Lunatic asylums Punjab 1881-1894 - 1881-1894
Year: 1881
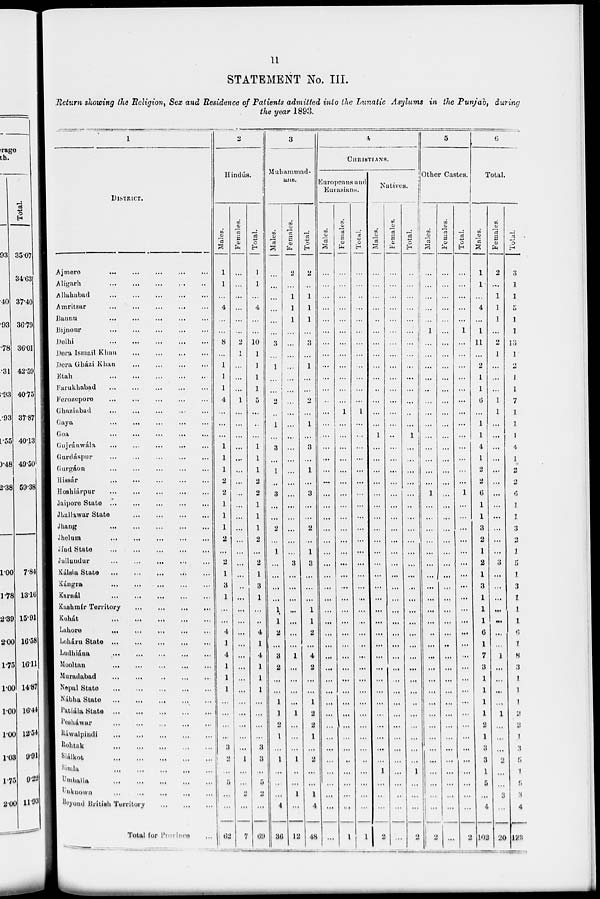
11
STATEMENT No. III.
Retum showing the Religion, Sex and Residence of Patients admitted into the Lunatic Asylums in the Punjab, during
the year 1893.
1
DISTRICT.
Ajmere ... ... ... ... ...
Aligarh
...
...
...
...
...
Allahabad
...
...
...
...
...
Amritsar ... ... ... ... ...
Bannu ... ... ... ... ...
Bijnonr
...
...
...
...
...
Delhi
...
...
...
...
...
Dera Ismail Khan
...
...
...
...
...
Dera Gházi Khan
...
...
...
...
...
Etah
...
...
...
...
...
Farukhabad ... ... ... ... ...
Ferozepore ... ... ... ... ...
Chaziabad ... ... ... ... ...
Gaya ... ... ... ... ...
Goa ... ... ... ... ...
Gujránwála ... ... ... ... ...
Gardáspur
...
...
...
...
...
Gurgáon
...
...
...
...
...
Hissár
...
...
...
...
...
Hoshiárpur
...
...
...
...
...
Jaipore State ... ... ... ... ...
Jhallawar State
...
...
...
...
...
Jhang ... ... ... ... ...
Jhelum ... ... ... ... ...
Jind State ... ... ... ... ...
Jullundur
...
...
...
...
...
Kálsia State
...
...
...
...
...
Kángra
...
...
...
...
...
Karnál
...
...
...
...
...
Kashmir Territory
...
...
...
...
...
Kohát
...
...
...
...
...
Lahore
...
...
...
...
...
Loháru State ... ... ... ... ...
Ludhiána
...
...
...
...
...
Mooltan
...
...
...
...
...
Muradabad
...
...
...
...
...
Nepal State
...
...
...
...
...
Nábha State
...
...
...
...
...
Patiála State
...
...
...
...
...
Pesháwar ... ... ... ... ...
Ráwalpindi
...
...
...
...
...
Rohtak
...
...
...
...
...
Siálkot
...
...
...
...
...
Simla
...
...
...
...
...
Umballa
...
...
...
...
...
Unknown ... ... ... ... ...
Beyond British Territory
...
...
...
Total for Province ...
2
Hindús.
Males.
1
1
...
4
...
...
8
...
1
1
1
4
...
...
...
1
1
1
2
2
1
1
1
2
...
2
1
3
1
...
...
4
1
4
1
1
1
...
...
...
...
3
2
...
5
...
...
62
Females.
...
...
...
...
...
...
2
1
...
...
...
1
...
...
...
...
...
...
...
...
...
...
...
...
...
...
..
...
...
...
...
...
...
...
...
...
...
...
...
...
...
...
1
...
...
2
...
7
Total.
1
1
...
4
...
...
10
1
1
1
1
5
...
...
...
1
1
1
2
2
1
1
1
2
...
2
1
3
l
...
...
4
1
4
1
1
1
...
...
...
...
3
3
...
5
2
69
3
Muhammad-
ans.
Males.
...
...
...
...
...
...
3
...
1
...
...
2
...
1
...
3
...
1
...
3
...
...
2
...
1
...
...
...
...
1
1
2
...
3
2
...
...
1
1
2
1
...
1
...
...
...
4
36
Females.
2
...
1
1
1
...
...
...
...
...
...
...
...
...
...
...
...
...
...
...
...
...
...
...
...
3
...
...
......
...
...
...
...
1
...
...
...
...
1
...
...
...
1
...
...
1
...
12
Total.
2
...
1
1
1
...
3
...
1
...
...
2
...
1
...
3
...
1
...
3
...
...
2
...
1
3
...
...
...
1
1
2
...
4
2
...
...
1
2
2
1
...
2
...
...
1
4
48
4
CHRISTIANS.
Europeans and
Eurasians.
Males.
...
...
...
...
...
...
...
...
...
...
...
...
...
...
...
...
...
...
...
...
...
...
...
...
...
...
...
...
...
...
...
...
...
...
...
...
...
...
...
...
...
...
...
...
...
...
...
...
Females.
...
...
...
...
...
...
...
...
...
...
...
...
1
...
...
...
...
...
...
...
...
...
...
...
...
...
...
...
...
...
...
...
...
...
...
...
...
...
...
...
...
...
...
...
...
...
...
1
Total.
...
...
..
...
...
...
...
...
...
...
...
...
1
...
...
...
...
...
...
...
...
...
...
...
...
...
...
...
...
...
...
...
...
...
...
...
...
...
...
...
...
...
...
...
...
1
Natives.
Males.
...
......
...
...
...
...
...
...
...
...
..
...
...
...
1
...
...
...
...
...
...
...
...
...
...
...
...
...
...
...
...
...
...
...
...
...
...
...
...
...
...
...
...
1
...
...
...
2
Females.
...
...
...
...
...
...
...
...
...
...
...
...
...
...
...
...
...
...
...
...
...
...
...
...
...
...
...
...
...
...
...
...
...
...
...
...
...
...
...
...
...
...
...
...
...
...
...
...
Total.
...
...
...
......
...
...
...
...
...
...
...
...
...
...
1
...
...
...
...
...
...
...
...
...
...
...
...
...
...
...
...
...
...
...
...
...
...
...
...
......
...
...
...
1
...
...
...
2
5
Other Castes.
Males.
...
...
...
...
...
1
...
...
...
...
...
...
...
...
...
...
...
...
...
1
...
...
...
...
...
...
...
...
...
...
...
...
...
...
...
...
...
...
...
...
...
......
...
...
...
...
2
Females.
...
...
...
...
...
...
...
...
...
...
...
...
...
...
...
. . .
...
...
...
...
...
...
...
...
...
...
...
...
...
...
...
...
...
...
...
...
...
...
...
...
...
...
...
...
...
...
...
...
Total.
...
...
...
...
1
...
...
...
...
...
...
...
...
...
...
...
...
...
1
...
...
...
...
...
...
...
...
...
...
...
...
. ..
...
...
...
...
...
...
...
...
...
...
...
...
...
...
2
6
Total.
Males.
1
1
...
4
...
1
11
...
2
1
1
6
...
1
1
4
1
2
2
6
1
1
3
2
1
2
1
3
1
1
1
6
1
7
3
1
1
1
1
2
1
3
3
1
5
...
4
102
Females.
2
...
1
1
1
...
2
1
...
...
...
1
1
...
...
...
...
...
...
...
...
...
...
...
...
3
...
...
...
...
...
...
...
1
...
...
...
...
1
...
...
...
2
...
...
3
...
20
Total.
3
1
1
5
1
1
13
1
2
1
1
7
1
1
1
4
1
2
2
6
1
1
3
2
1
5
1
3
1
1
1
6
1
8
3
1
1
!
2
1
3
5
1
5
3
4
122